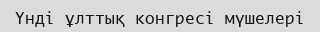
Үнді ұлттық конгресі мүшелері